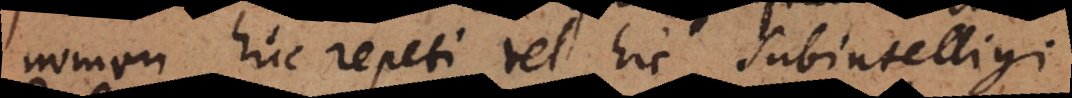
nomen huc repeti vel hic subintelligi